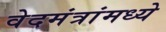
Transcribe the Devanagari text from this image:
वेदमंत्रांमध्ये